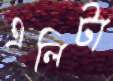
এলিটা